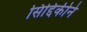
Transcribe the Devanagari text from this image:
सिद्दिकीने